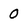
Character: O